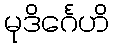
မုဒိင်္ဂေဟိ